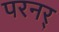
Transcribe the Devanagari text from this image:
परनर्